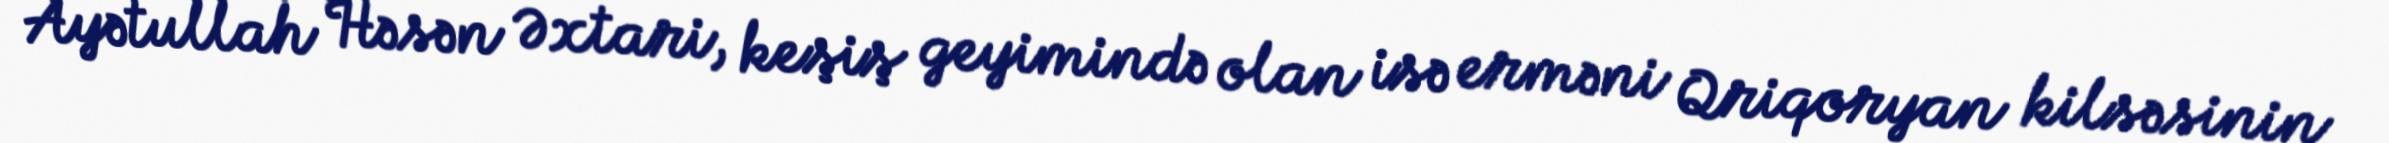
Ayətullah Həsən Əxtari, keşiş geyimində olan isə erməni Qriqoryan kilsəsinin